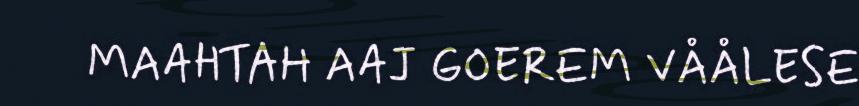
MAAHTAH AAJ GOEREM VÅÅLESE